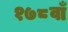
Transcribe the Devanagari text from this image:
१७८वाँ